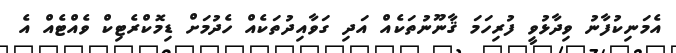
އެމަނިކުފާނު ވިދާޅުވީ ފުރިހަމަ ޤާނޫނުތަކެއް އަދި ގަވާއިދުތަކެއް ހެދުމަށް ޑިމޮކްރެޓިކް ވެއްޓެއް އެ